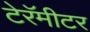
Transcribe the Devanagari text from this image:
टेरॅमीटर